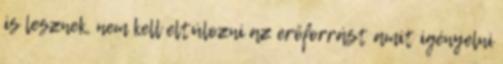
is lesznek, nem kell eltúlozni az erőforrást amit igényelni